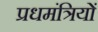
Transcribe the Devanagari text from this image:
प्रधमंत्रियों